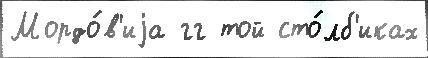
Мордо́в'иjа гг той сто́лб'иках